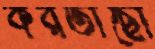
করতাছো